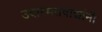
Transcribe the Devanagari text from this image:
उदारमतवाद्यांनी